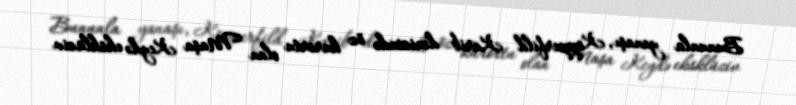
Bununla yanaşı, Kopperfild Karib dənizində öz kurortu olan Maşa Keydə eksklüziv